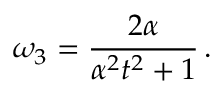
\omega _ { 3 } = \frac { 2 \alpha } { \alpha ^ { 2 } t ^ { 2 } + 1 } \, .